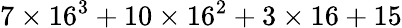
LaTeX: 7\times 16^{3}+10\times 16^{2}+3\times 16+15